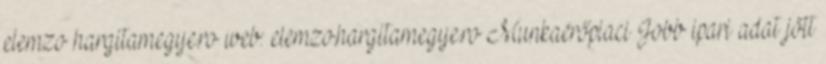
elemzo hargitamegye.ro web: elemzo.hargitamegye.ro Munkaerőpiaci Jobb ipari adat jött